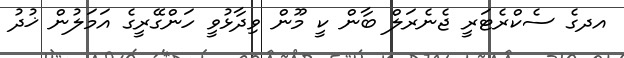
އދގެ ސެކްރެޓަރީ ޖެނެރަލް ބާން ކީ މޫން ވިދާޅުވީ ހަންގޭރީގެ އަމަލުން ޚުދު